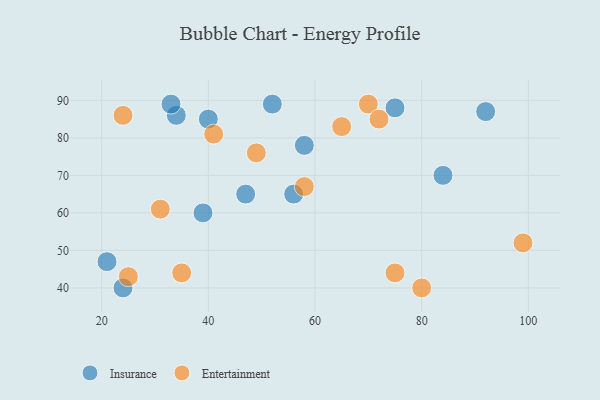
{"axis": {"x": "GDP", "y": "Life Expectancy"}, "legend": ["Entertainment", "Insurance"], "data": [{"x": "84", "y": 70, "type": "Insurance"}, {"x": "21", "y": 47, "type": "Insurance"}, {"x": "24", "y": 40, "type": "Insurance"}, {"x": "34", "y": 86, "type": "Insurance"}, {"x": "47", "y": 65, "type": "Insurance"}, {"x": "40", "y": 85, "type": "Insurance"}, {"x": "56", "y": 65, "type": "Insurance"}, {"x": "52", "y": 89, "type": "Insurance"}, {"x": "33", "y": 89, "type": "Insurance"}, {"x": "58", "y": 78, "type": "Insurance"}, {"x": "39", "y": 60, "type": "Insurance"}, {"x": "92", "y": 87, "type": "Insurance"}, {"x": "75", "y": 88, "type": "Insurance"}, {"x": "80", "y": 40, "type": "Entertainment"}, {"x": "65", "y": 83, "type": "Entertainment"}, {"x": "70", "y": 89, "type": "Entertainment"}, {"x": "49", "y": 76, "type": "Entertainment"}, {"x": "75", "y": 44, "type": "Entertainment"}, {"x": "72", "y": 85, "type": "Entertainment"}, {"x": "31", "y": 61, "type": "Entertainment"}, {"x": "25", "y": 43, "type": "Entertainment"}, {"x": "24", "y": 86, "type": "Entertainment"}, {"x": "41", "y": 81, "type": "Entertainment"}, {"x": "35", "y": 44, "type": "Entertainment"}, {"x": "58", "y": 67, "type": "Entertainment"}, {"x": "99", "y": 52, "type": "Entertainment"}]}